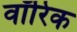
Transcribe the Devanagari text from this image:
वॉरिक